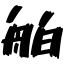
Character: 舶